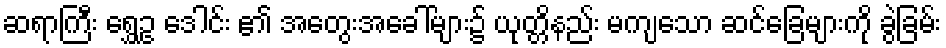
ဆရာကြီး ရွှေဥ ဒေါင်း ၏ အတွေးအခေါ်များ၌ ယုတ္တိနည်း မကျသော ဆင်ခြေများကို ခွဲခြမ်း